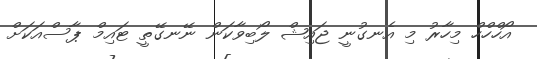
އޯހްހްހް މިހާރު މި އެނގުނީ ޖައިޝް ލޯބިވާކަން ނޭނގޭތީ ޓައިމް ޕާސްއަކަށް